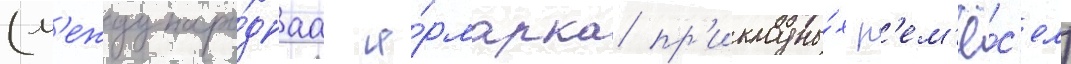
(м'еждунаро́днаа я́рмарка пр'икладны́х р'ем'ё́с'ел)